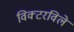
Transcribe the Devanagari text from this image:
विक्टरविले